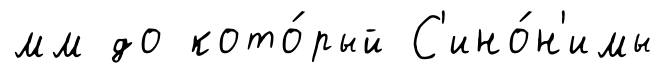
мм до кото́рый С'ино́н'имы